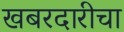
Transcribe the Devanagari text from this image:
खबरदारीचा